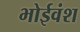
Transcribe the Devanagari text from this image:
भोईवंश